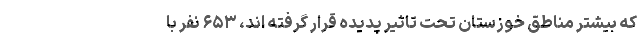
که بیشتر مناطق خوزستان تحت تاثیر پدیده قرار گرفته اند، ۶۵۳ نفر با